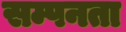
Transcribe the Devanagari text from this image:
सम्पनता